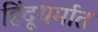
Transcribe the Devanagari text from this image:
हिंदूधर्मात